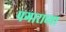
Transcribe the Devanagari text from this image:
पगाराच्या